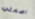
اصمتي